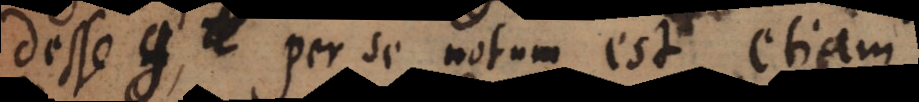
positis u. per se notum est etiam